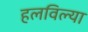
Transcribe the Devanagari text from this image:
हलविल्या